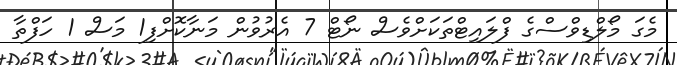
މެގަ މޯލްޑިވްސްގެ ފްލައިޓްތަކަށްވެސް ނޯޓް 7 އެރުވުން މަނާކޮށްފި1 މަސް 1 ހަފްތާ